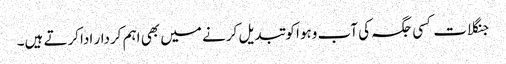
جنگلات کسی جگہ کی آب وہوا کو تبدیل کرنے میں بھی اہم کردار اداکرتے ہیں۔